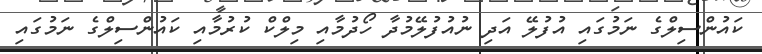
ކައުންސިލްގެ ނަމުގައި އުފުލޭ އަދި ނުއުފުލޭމުދާ ހޯދުމާއި މިލްކް ކުރުމާއި ކައުންސިލްގެ ނަމުގައި